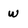
Character: w